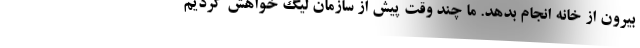
بیرون از خانه انجام بدهد. ما چند وقت پیش از سازمان لیگ خواهش کردیم